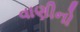
વાણીનો